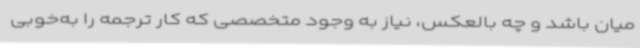
میان باشد و چه بالعکس، نیاز به وجود متخصصی که کار ترجمه را به‌خوبی